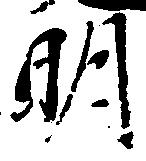
明